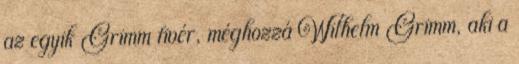
az egyik Grimm fivér, méghozzá Wilhelm Grimm, aki a